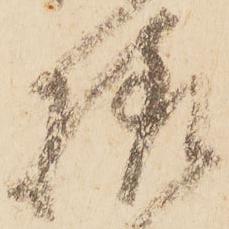
様